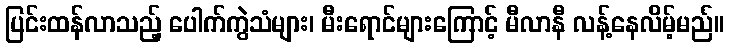
ပြင်းထန်လာသည့် ပေါက်ကွဲသံများ၊ မီးရောင်များကြောင့် မီလာနီ လန့်နေလိမ့်မည်။